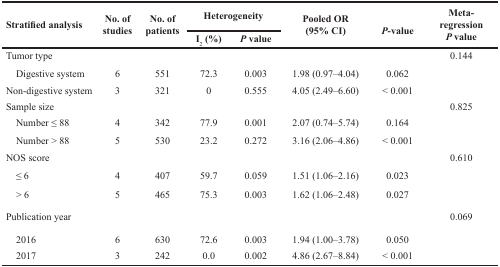
<table><thead><tr><td rowspan="2"><b>Stratified analysis</b></td><td rowspan="2"><b>No. of studies</b></td><td rowspan="2"><b>No. of patients</b></td><td colspan="2"><b>Heterogeneity</b></td><td rowspan="2"><b>Pooled OR (95% CI)</b></td><td rowspan="2"><b><i>P</i>-value</b></td><td rowspan="2"><b>Meta-regression <i>P</i> value</b></td></tr><tr><td><b>I<sub>2</sub> (%)</b></td><td><b><i>P</i> value</b></td></tr></thead><tbody><tr><td>Tumor type</td><td></td><td></td><td></td><td></td><td></td><td></td><td>0.144</td></tr><tr><td> Digestive system</td><td>6</td><td>551</td><td>72.3</td><td>0.003</td><td>1.98 (0.97–4.04)</td><td>0.062</td><td></td></tr><tr><td>Non-digestive system</td><td>3</td><td>321</td><td>0</td><td>0.555</td><td>4.05 (2.49–6.60)</td><td>&lt; 0.001</td><td></td></tr><tr><td>Sample size</td><td></td><td></td><td></td><td></td><td></td><td></td><td>0.825</td></tr><tr><td> Number ≤ 88</td><td>4</td><td>342</td><td>77.9</td><td>0.001</td><td>2.07 (0.74–5.74)</td><td>0.164</td><td></td></tr><tr><td> Number &gt; 88</td><td>5</td><td>530</td><td>23.2</td><td>0.272</td><td>3.16 (2.06–4.86)</td><td>&lt; 0.001</td><td></td></tr><tr><td>NOS score</td><td></td><td></td><td></td><td></td><td></td><td></td><td>0.610</td></tr><tr><td> ≤ 6</td><td>4</td><td>407</td><td>59.7</td><td>0.059</td><td>1.51 (1.06–2.16)</td><td>0.023</td><td></td></tr><tr><td> &gt; 6</td><td>5</td><td>465</td><td>75.3</td><td>0.003</td><td>1.62 (1.06–2.48)</td><td>0.027</td><td></td></tr><tr><td>Publication year</td><td></td><td></td><td></td><td></td><td></td><td></td><td>0.069</td></tr><tr><td> 2016</td><td>6</td><td>630</td><td>72.6</td><td>0.003</td><td>1.94 (1.00–3.78)</td><td>0.050</td><td></td></tr><tr><td> 2017</td><td>3</td><td>242</td><td>0.0</td><td>0.002</td><td>4.86 (2.67–8.84)</td><td>&lt; 0.001</td><td></td></tr></tbody></table>